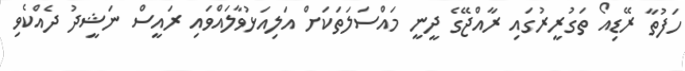
ހަފުތާ ރޭޑިއޯ ތަގުރީރުގައި ރާއްޖޭގެ ދީނީ މައްސަލަތަކަށް އަލިއަޅުވާލައްވައި ރައީސް ނަޝީދު ދެއްކެވި